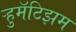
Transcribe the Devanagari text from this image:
ऱ्हुमॅटिझम